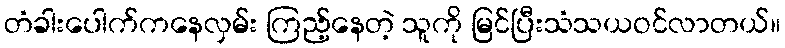
တံခါးပေါက်ကနေလှမ်း ကြည့်နေတဲ့ သူကို မြင်ပြီးသံသယဝင်လာတယ်။